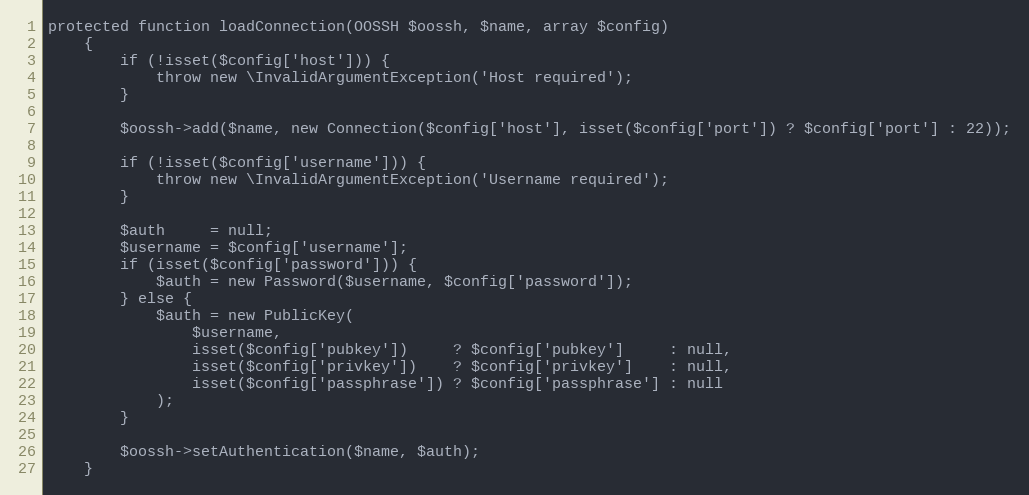
Language: PHP
protected function loadConnection(OOSSH $oossh, $name, array $config)
    {
        if (!isset($config['host'])) {
            throw new \InvalidArgumentException('Host required');
        }

        $oossh->add($name, new Connection($config['host'], isset($config['port']) ? $config['port'] : 22));

        if (!isset($config['username'])) {
            throw new \InvalidArgumentException('Username required');
        }

        $auth     = null;
        $username = $config['username'];
        if (isset($config['password'])) {
            $auth = new Password($username, $config['password']);
        } else {
            $auth = new PublicKey(
                $username,
                isset($config['pubkey'])     ? $config['pubkey']     : null,
                isset($config['privkey'])    ? $config['privkey']    : null,
                isset($config['passphrase']) ? $config['passphrase'] : null
            );
        }

        $oossh->setAuthentication($name, $auth);
    }